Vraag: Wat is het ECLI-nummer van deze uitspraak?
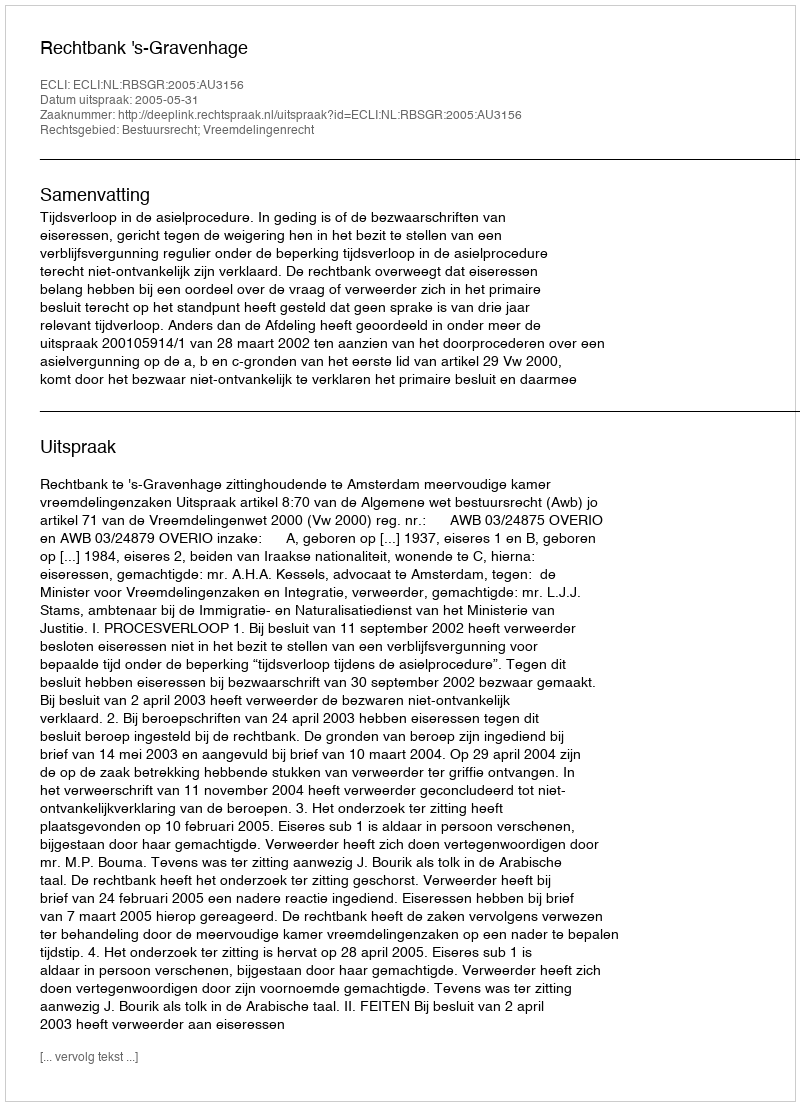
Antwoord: ECLI:NL:RBSGR:2005:AU3156